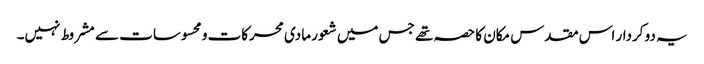
یہ دو کردار اس مقدس مکان کا حصہ تھے جس میں شعور مادی محرکات و محسوسات سے مشروط نہیں۔